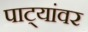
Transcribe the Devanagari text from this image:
पाट्यांवर